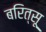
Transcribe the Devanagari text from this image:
बरित्सू